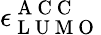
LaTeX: \epsilon_{\mathrm{~L~U~M~O~}}^{\mathrm{~A~C~C~}}